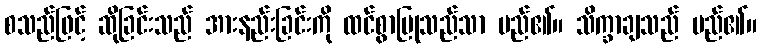
စသည်ဖြင့် ဆိုခြင်းသည် အားနည်းခြင်းကို ထင်စွာပြုသည်သာ မည်၏။ သိက္ခာချသည် မည်၏။